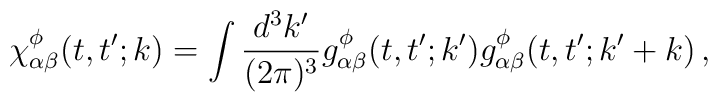
\chi^{\phi}_{\alpha\beta}(t,t';k)=\int\frac{d^3k'}{(2\pi)^3}g^{\phi}_{\alpha\beta}(t,t';k')g^{\phi}_{\alpha\beta}(t,t';k'+k)\,,